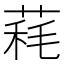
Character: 𦳁